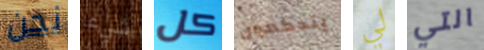
نحن شيء كل يتحكمون لي التي